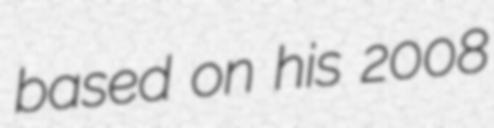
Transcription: based on his 2008